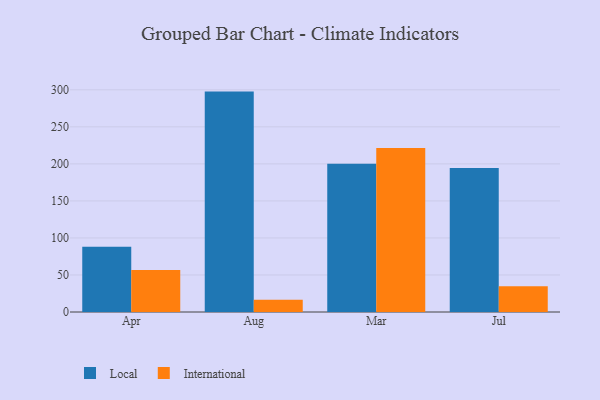
{"axis": {"x": "Month", "y": "Demand Index"}, "legend": ["International", "Local"], "data": [{"x": "Apr", "y": 88.2, "type": "Local"}, {"x": "Apr", "y": 56.8, "type": "International"}, {"x": "Aug", "y": 297.6, "type": "Local"}, {"x": "Aug", "y": 16.7, "type": "International"}, {"x": "Mar", "y": 200.3, "type": "Local"}, {"x": "Mar", "y": 221.6, "type": "International"}, {"x": "Jul", "y": 194.3, "type": "Local"}, {"x": "Jul", "y": 34.8, "type": "International"}]}